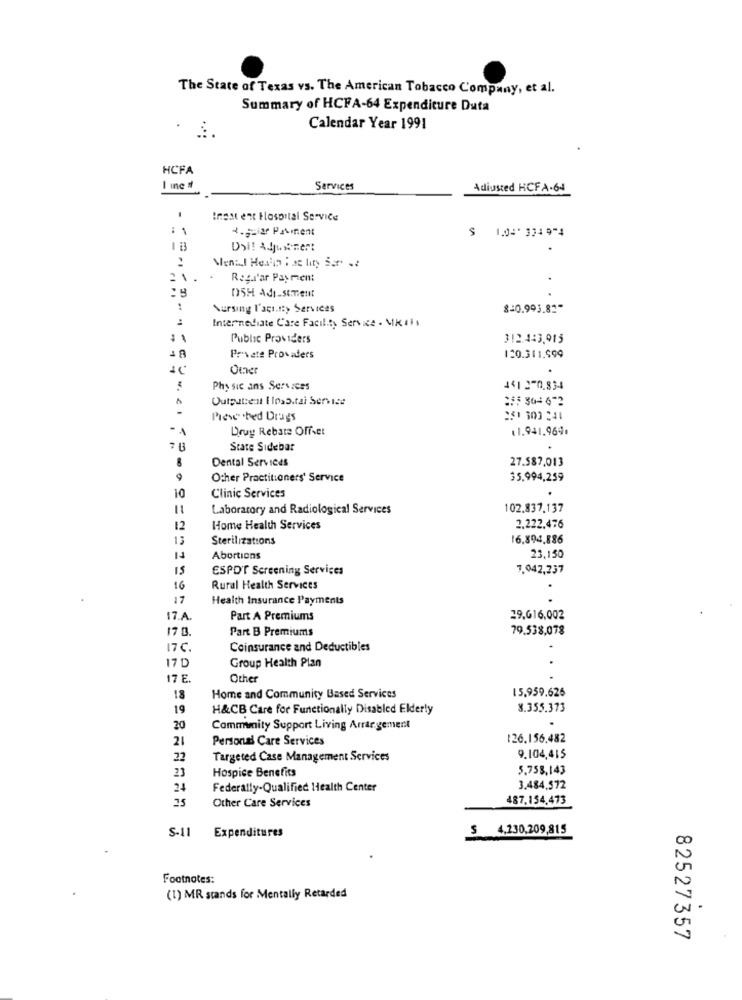
The State of Texas vs. The American Tobacco Company, et al.
Summary of HCFA-64 Expenditure Duta
Calendar Year 1991
HCFA
I inc #
Services
Adjusted HCFA-64
Inest ent Hospital Service
: 1
4.ziar Patient
$ 1.04' 334 9-4
Dai! Adjustment
..
:
2
1
Reg.rar Payment
.
05H Adı-stment
Nursing l'acitty Services
8-0.993.81"
Internediate C'are Facility Service . MK 11;
Public Providers
312.443,915
Private Provaders
120.311.599
Other
.
Physic ans Services
4412-0.834
Outpatient I Ins5.tai Service
Prese .bed Drugs
251 303 241
Drug Rebate Offset
11.941.969.
State Sidebar
Dental Services
27.587,013
Other Practitioners' Service
35.994,259
10
Clinic Services
11
Laboratory and Radiological Services
102.837.137
12
Home Health Services
2.222.476
13
Sterilizations
16.894.886
Abortions
23.150
IS
ESPO'T Screening Services
7.942,237
16
Rural Health Services
17
Health Insurance Payments
17.A.
Part A Premiums
29,616,002
17 0.
Part B Premiums
79.538,078
17℃
Coinsurance and Deductibles
17D
Group Health Plan
17 E.
Other
15,959.626
18
Home and Community Based Services
19
H&CB Care for Functionally Disabled Elderly
8.355.373
20
Commmity Support Living Arrar gement
21
Personal Care Services
126.156,482
22
Targeted Case Management Services
9.104,415
23
Hospice Benefits
5.758,143
24
Federally-Qualified Health Center
3.484,572
25
Other Care Services
487,154.473
S-11
$ 4,230,209,815
Expenditures
Footnotes:
(1) MR stands for Mentally Retarded
.
82527357